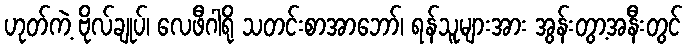
ဟုတ်ကဲ့ ဗိုလ်ချုပ်၊ လေဖီဂါရို သတင်းစာအာဘော်၊ ရန်သူများအား အွန်းတွာ့အနီးတွင်